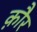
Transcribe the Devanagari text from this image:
क़ौर